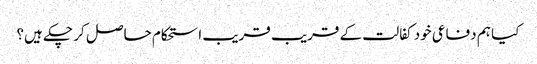
کیا ہم دفاعی خود کفالت کے قریب قریب استحکام حاصل کر چکے ہیں؟